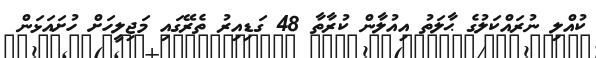
ކުއްލި ނުރައްކަލުގެ ޙާލަތު އިއުލާން ކުރާތާ 48 ގަޑިއިރު ތެރޭގައި މަޖިލީހަށް ހުށައަޅަން